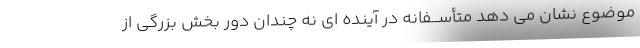
موضوع نشان می دهد متأســفانه در آینده ای نه چندان دور بخش بزرگی از